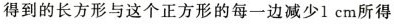
得到的长方形与这个正方形的每一边减少1cm所得